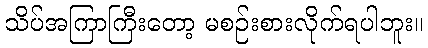
သိပ်အကြာကြီးတော့ မစဉ်းစားလိုက်ရပါဘူး။